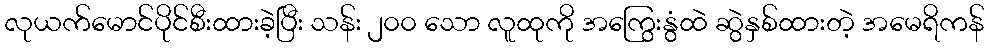
လုယက်မောင်ပိုင်စီးထားခဲ့ပြီး သန်း ၂၀၀ သော လူထုကို အကြွေးနွံထဲ ဆွဲနှစ်ထားတဲ့ အမေရိကန်